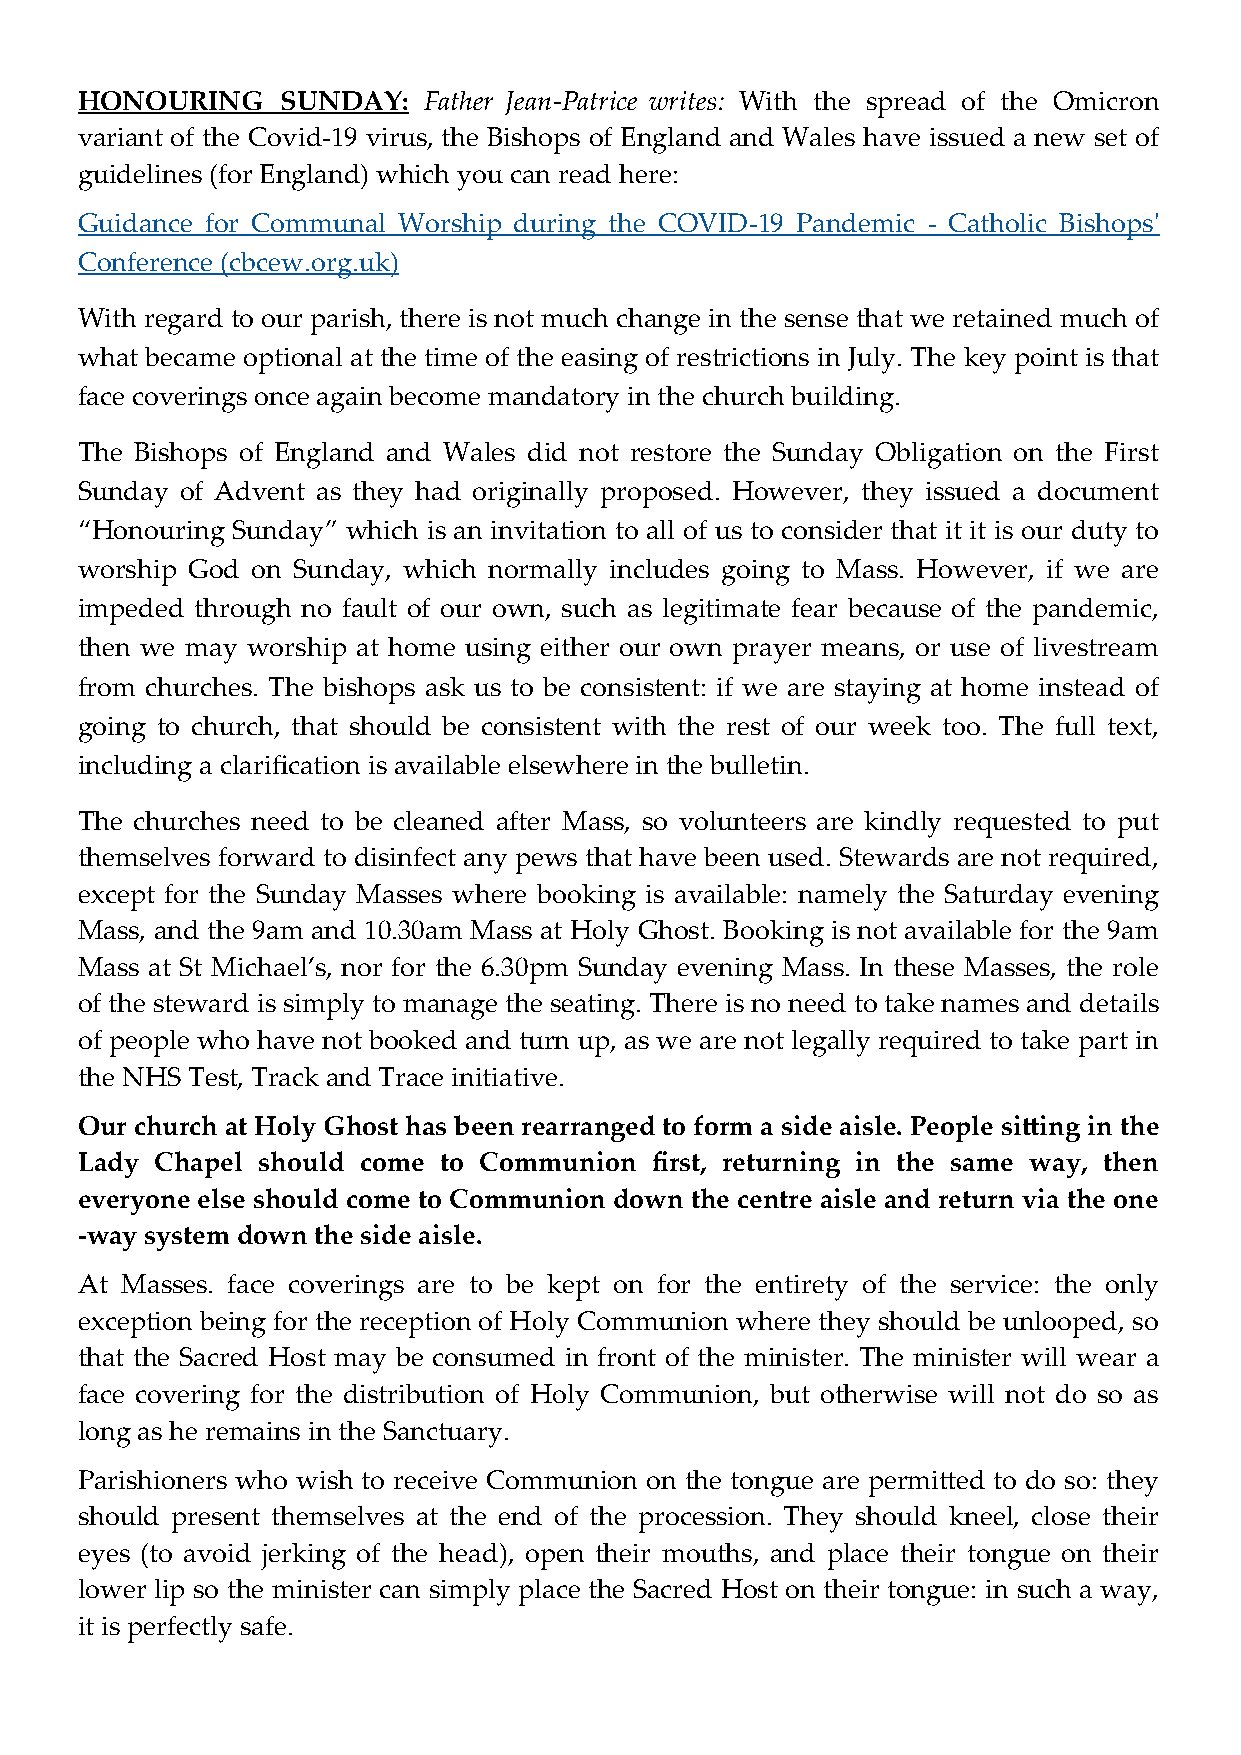
HONOURING     SUNDAY:  Father Jean-Patrice writes: With the spread of the Omicron
 variant of the Covid-19 virus, the Bishops of England and Wales have issued a new set of
 guidelines (for England) which you can read here:
 Guidance for Communal Worship during the COVID-19 Pandemic - Catholic Bishops'
 Conference (cbcew.org.uk)
 With regard to our parish, there is not much change in the sense that we retained much of
 what became optional at the time of the easing of restrictions in July. The key point is that
 face coverings once again become mandatory in the church building.
 The Bishops of England and Wales did not restore the Sunday Obligation on the First
 Sunday of Advent as they had originally proposed. However, they issued a document
 “Honouring Sunday” which is an invitation to all of us to consider that it it is our duty to
 worship God on Sunday, which normally includes going to Mass. However, if we are
 impeded through no fault of our own, such as legitimate fear because of the pandemic,
 then we may worship at home using either our own prayer means, or use of livestream
 from churches. The bishops ask us to be consistent: if we are staying at home instead of
 going to church, that should be consistent with the rest of our week too. The full text,
 including a clarification is available elsewhere in the bulletin.
 The churches need to be cleaned after Mass, so volunteers are kindly requested to put
 themselves forward to disinfect any pews that have been used. Stewards are not required,
 except for the Sunday Masses where booking is available: namely the Saturday evening
 Mass, and the 9am and 10.30am Mass at Holy Ghost. Booking is not available for the 9am
 Mass at St Michael’s, nor for the 6.30pm Sunday evening Mass. In these Masses, the role
 of the steward is simply to manage the seating. There is no need to take names and details
 of people who have not booked and turn up, as we are not legally required to take part in
 the NHS Test, Track and Trace initiative.
 Our church at Holy Ghost has been rearranged to form a side aisle. People sitting in the
 Lady Chapel should come to Communion  first, returning in the same way, then
 everyone else should come to Communion down the centre aisle and return via the one
 -way system down the side aisle.
 At Masses. face coverings are to be kept on for the entirety of the service: the only
 exception being for the reception of Holy Communion where they should be unlooped, so
 that the Sacred Host may be consumed in front of the minister. The minister will wear a
 face covering for the distribution of Holy Communion, but otherwise will not do so as
 long as he remains in the Sanctuary.
 Parishioners who wish to receive Communion on the tongue are permitted to do so: they
 should present themselves at the end of the procession. They should kneel, close their
 eyes (to avoid jerking of the head), open their mouths, and place their tongue on their
 lower lip so the minister can simply place the Sacred Host on their tongue: in such a way,
 it is perfectly safe.